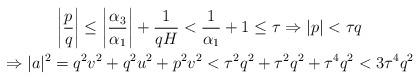
LaTeX: \begin{gather*}\left|\frac{p}{q}\right|\leq\left|\frac{\alpha_3}{\alpha_1}\right|+\frac{1}{qH}<\frac{1}{\alpha_1}+1\leq\tau\Rightarrow|p|<\tau q\\\Rightarrow|a|^2=q^2v^2+q^2u^2+p^2v^2<\tau^2q^2+\tau^2q^2+\tau^4q^2<3\tau^4q^2\end{gather*}